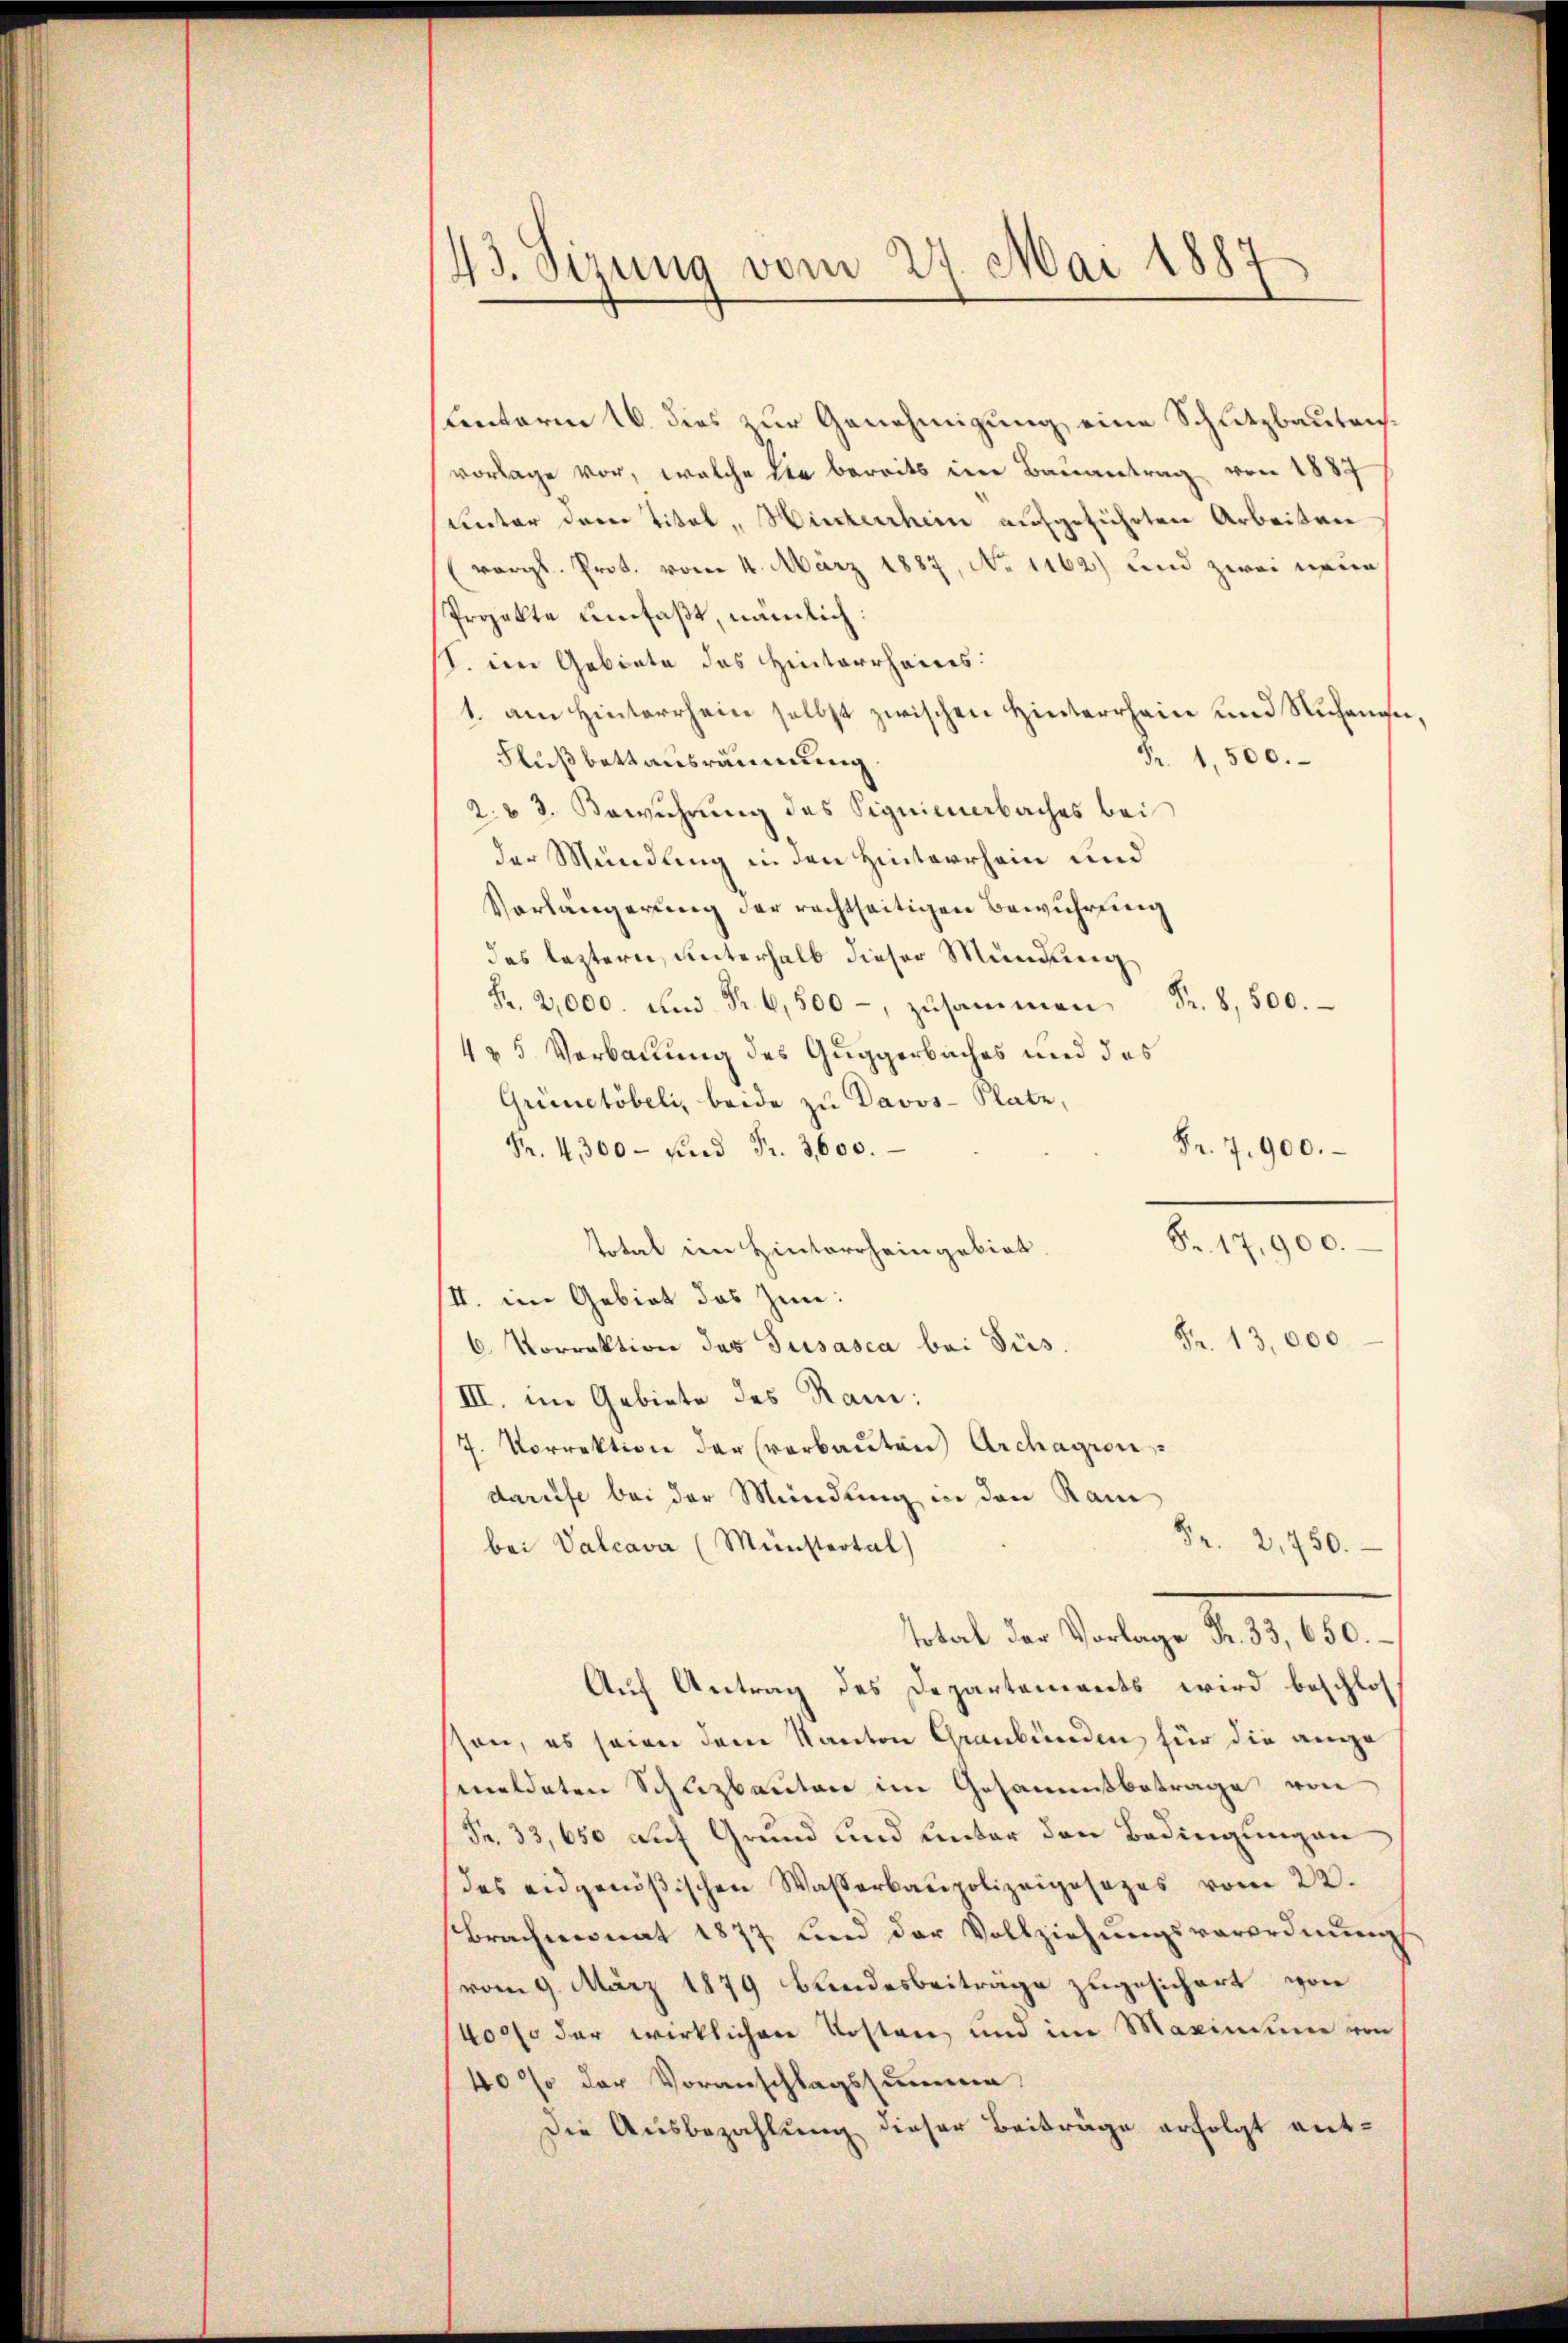
43. Sizung vom 27. Mai 1887

Lentarin 16. dies zur Genehmigung, eine Schutzbautenvorlage vor, welche die bereits im Bauantrag von 1887
unter dem Titel - Hinterthein aufgeführten Arbeiten
(vergl. Prot. vom 4. März 1887, No 1162) und zwei neue
Projekte umfaßt, nämlich:
I. im Gebiete des Hinterrheins:
1. am Hinterrhein selbst zwischen Hinterrhein und Ruchenen,
Fr. 1,500.
Flußbettausräumung
2. & 3. Bewuhrung des Signienerbaches bei
der Mündung in den Hinterrhein und
Vorlängerung der rechtseitigen Bewuhrung
des leztern, unterhalb dieser Mündung
zsammen Fr. 500.
4 & 5 Verbauung des Guggerbaches und des
Grünetöbeli, beide zu Davos- Platz,
Fr. 7. 900.
Fr. 4300 - und Fr. 3600.
Fr. 17.900.
Total im Hinterrheingebiet.
II. im Gebiet das Zin:
6 Vorrektion des Gusasca bei Sus. Fr. 13,000.
III. im Gebiete des Ram:
7. Vorrektion der verbauten Archagion
darise bei der Mündung in den Kam
5r 2,750.
bei Valcava (Münstertal)
ttat der Santage de 1850.
Auf Antrag des Departements wird beschlos
sson, es seien dem Kanton Graubünden für die ange
meldeten Schuzbauten im Gesammtbetrage von
Fr. 33,650 auf Grund und unter den Bedingungen
des eidgenößischen Wasserbaupolizeigesezes vom 22.
Brachmonat 1877 und der Vollziehungsverordnung
vom 9. März 1879 bundesbeiträge zugesichert von
4000 der wirklichen Kosten und im Maxiniume von
40% der Voranschlagssummen
Die Ausbezahlung dieser Beiträge erfolgt ent-